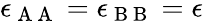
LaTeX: \epsilon_{\mathrm{~A~A~}}=\epsilon_{\mathrm{~B~B~}}=\epsilon